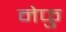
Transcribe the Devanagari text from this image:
नेफु